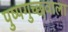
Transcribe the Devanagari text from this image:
पुष्पगुच्छवाला